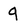
Character: 9